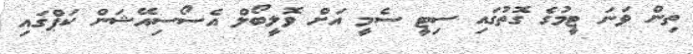
ތިން ވަނަ ޓީމުގެ ގޮތުގައި ސިޓީ ސެމީ އަށް ވޮލީބޯލް އެސޯސިއޭޝަން ކަޕްގައި